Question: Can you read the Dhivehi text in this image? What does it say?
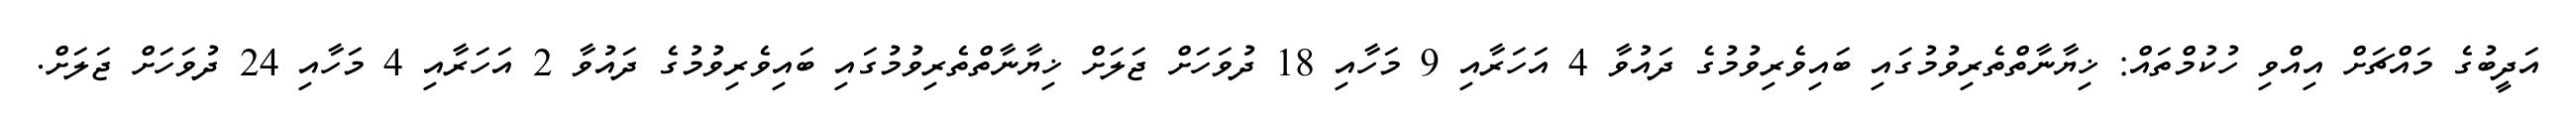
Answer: އަދީބުގެ މައްޗަށް އިއްވި ހުކުމްތައް: ޚިޔާނާތްތެރިވުމުގައި ބައިވެރިވުމުގެ ދައުވާ 4 އަހަރާއި 9 މަހާއި 18 ދުވަހަށް ޖަލަށް ޚިޔާނާތްތެރިވުމުގައި ބައިވެރިވުމުގެ ދައުވާ 2 އަހަރާއި 4 މަހާއި 24 ދުވަހަށް ޖަލަށް.